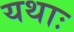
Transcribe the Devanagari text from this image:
यथाः